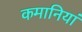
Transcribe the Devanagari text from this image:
कमानियां